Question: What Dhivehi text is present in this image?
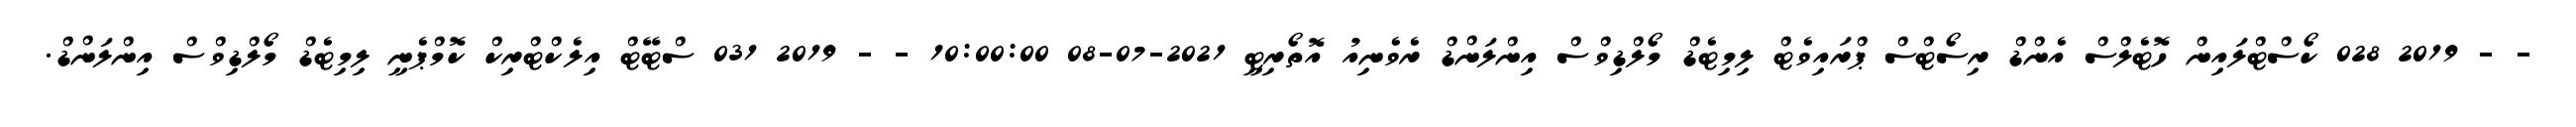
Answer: - - 2019 028 ކޯސްޓްލައިން ހޮޓެލްސް އެންޑް ރިސޯޓްސް ޕްރައިވެޓް ލިމިޓެޑް މޯލްޑިވްސް އިންލަންޑް ރެވެނިއު އޮތޯރިޓީ 2021-07-08 10:00:00 - - 2019 031 ސްޓޭޓް އިލެކްޓްރިކް ކޮމްޕެނީ ލިމިޓެޑް މޯލްޑިވްސް އިންލަންޑް.